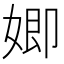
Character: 𮱍